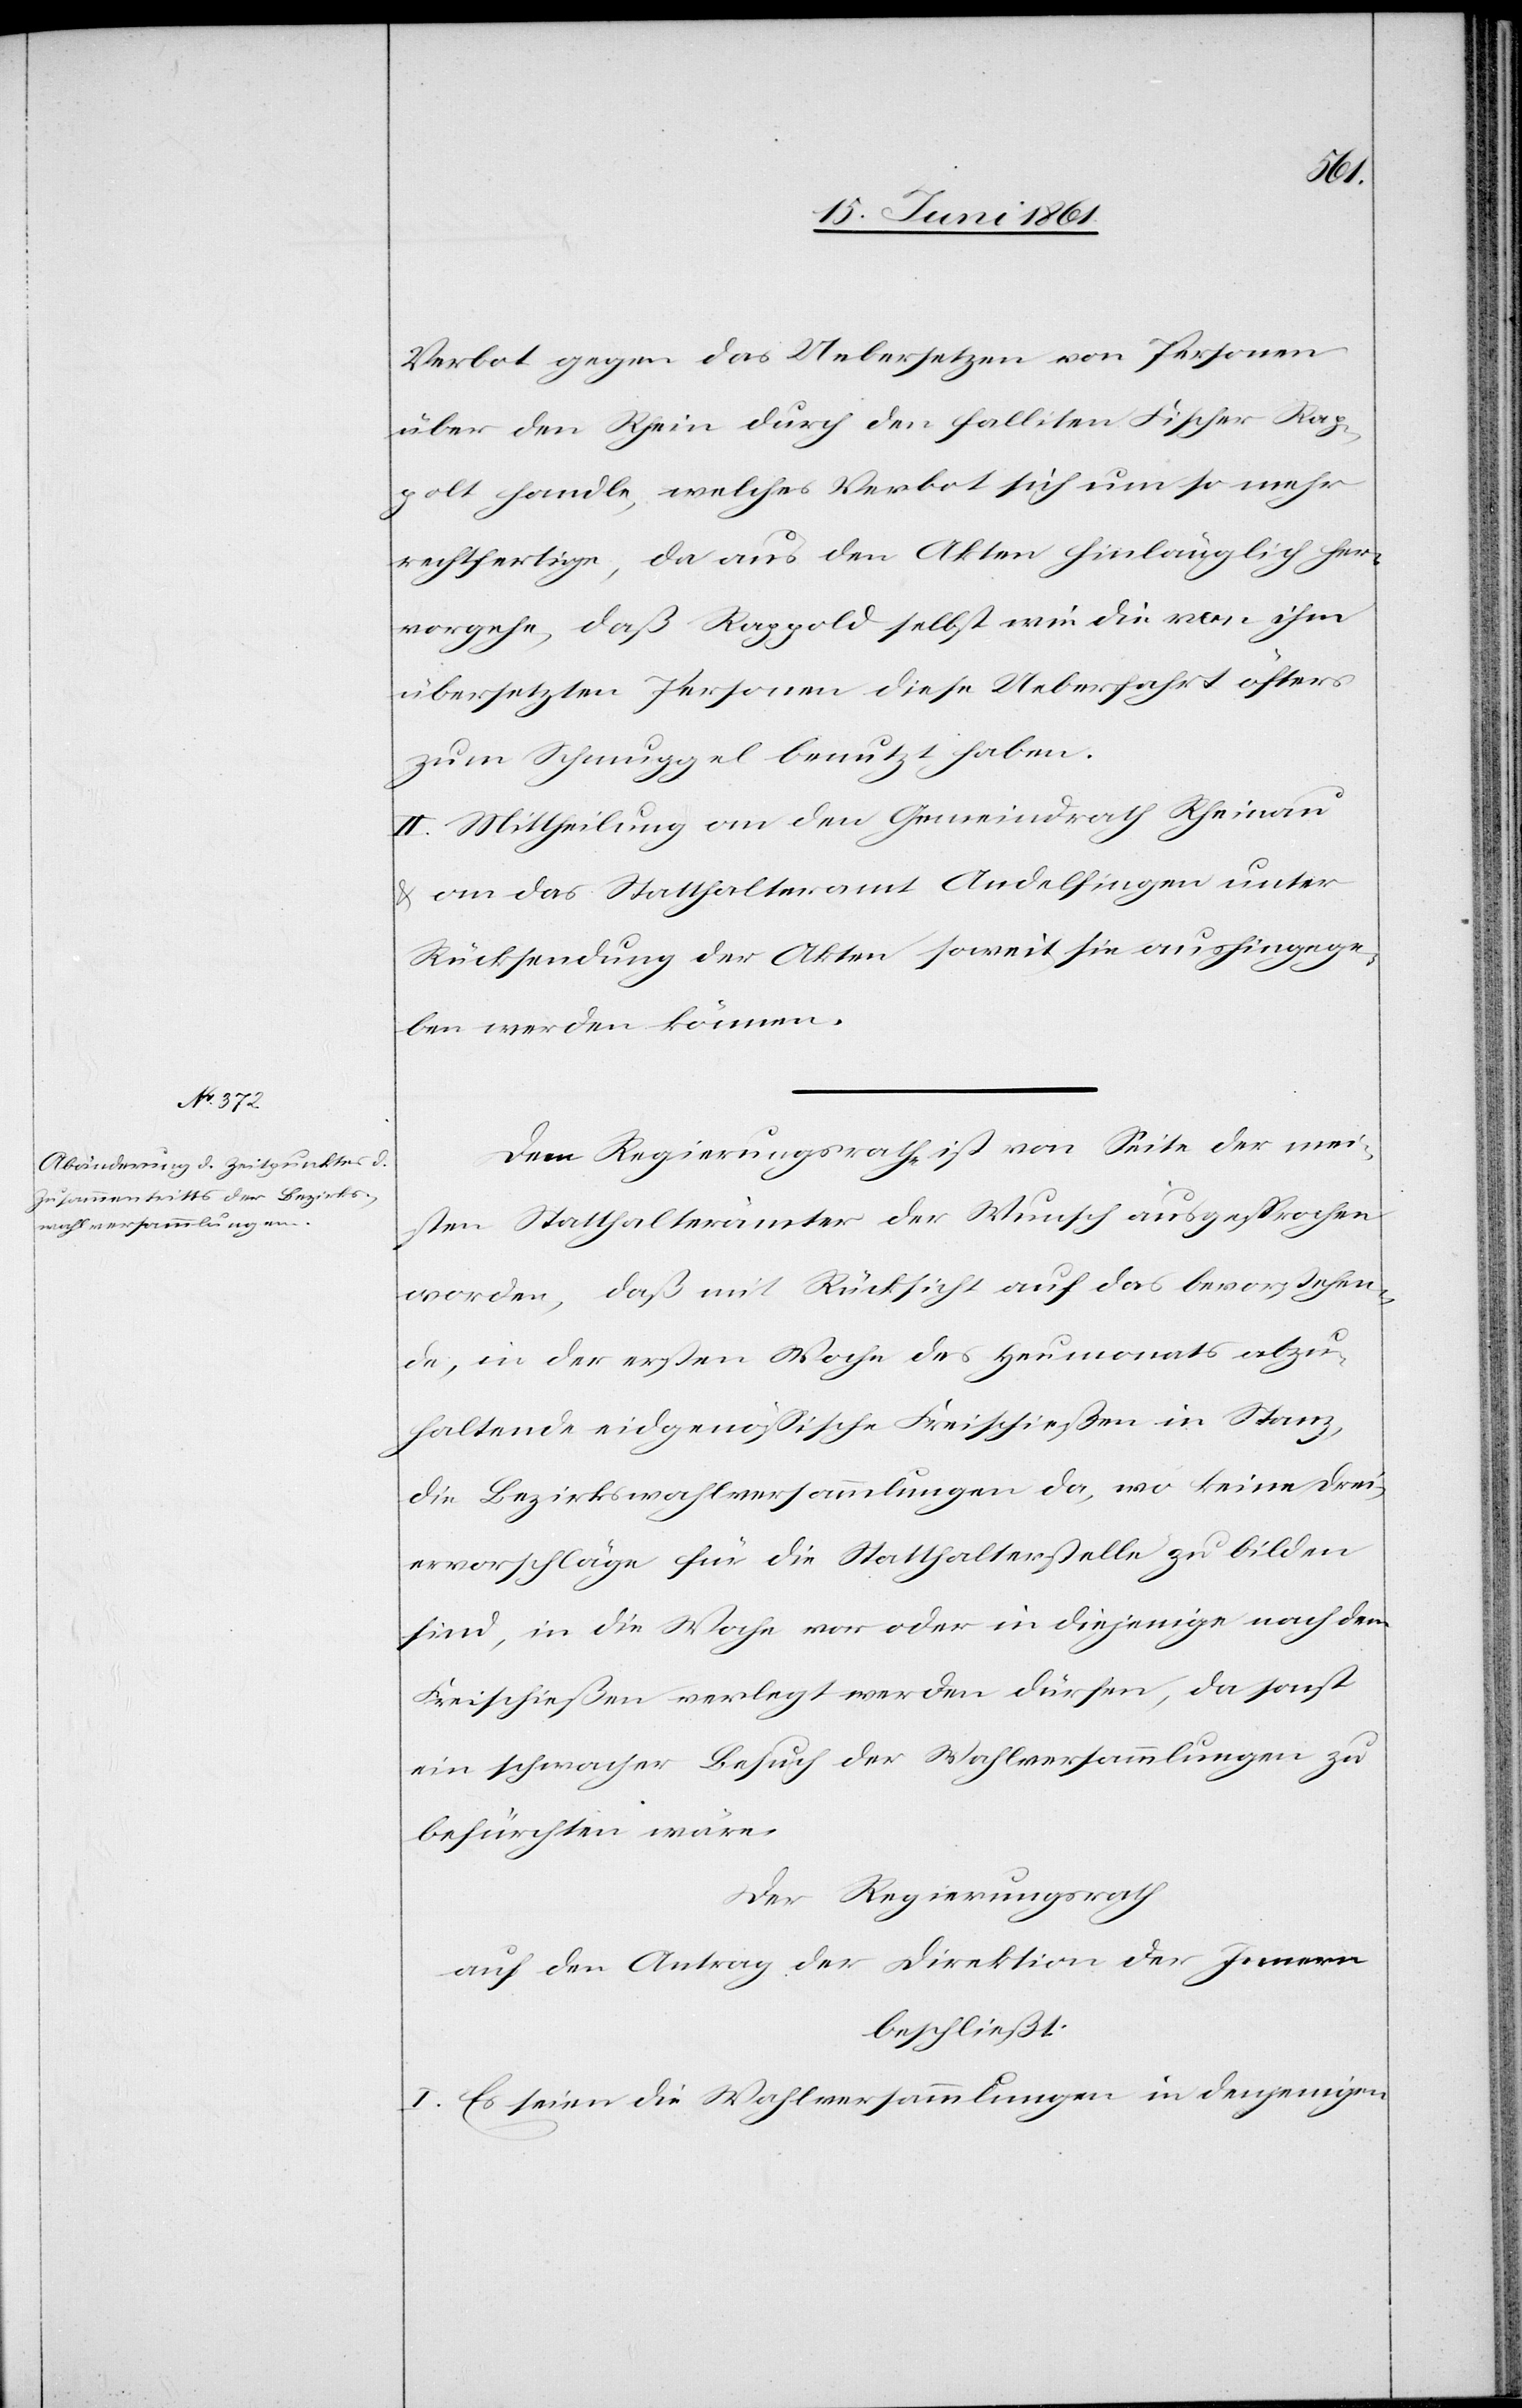
Verbot gegen das Uebersetzen von Personen
über den Rhein durch den falliten Fischer Rap¬
polt [sic!] handle, welches Verbot sich um so mehr
rechtfertige, da aus den Akten hinlänglich her¬
vorgehe, daß Rappold [sic!] selbst wie die von ihm
übersetzten Personen diese Ueberfahrt öfters
zum Schmuggel benutzt haben.
II. Mittheilung an den Gemeindrath Rheinau
u. an das Statthalteramt Andelfingen unter
Rücksendung der Akten soweit sie aushingege¬
ben werden können.
Dem Regierungsrath ist von Seite der mei¬
sten Statthalterämter der Wunsch ausgesprochen
worden, daß mit Rücksicht auf das bevorstehen¬
de, in der ersten Woche des Heumonats abzu¬
haltende eidgenössische Freischießen in Stanz,
die Bezirkswahlversammlungen da, wo keine Drei¬
ervorschläge für die Statthalterstelle zu bilden
sind, in die Woche vor oder in diejenige nach dem
Freischießen verlegt werden dürfen, da sonst
ein schwacher Besuch der Wahlversammlungen zu
befürchten wäre.
Der Regierungsrath
auf den Antrag der Direktion der [sic!] Innern
beschließt:
I. Es seien die Wahlversammlungen in denjenigen